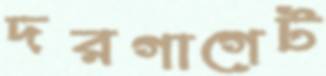
দরগাগেট